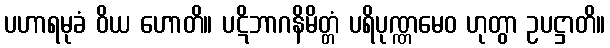
ပဟာရမုခံ ဝိယ ဟောတိ။ ပဋိဘာဂနိမိတ္တံ ပရိပုဏ္ဏမေဝ ဟုတွာ ဥပဋ္ဌာတိ။